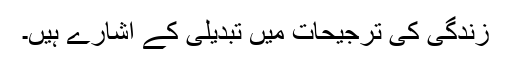
زندگی کی ترجیحات میں تبدیلی کے اشارے ہیں۔